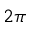
2 \pi